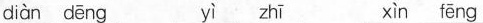
diàn dēng yì zhī xìn fēng